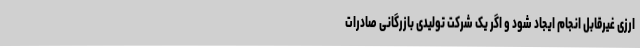
ارزی غیرقابل انجام ایجاد شود و اگر یک شرکت تولیدی بازرگانی صادرات